Indian journal of veterinary science and animal husbandry - Volumes 15-17, 1948-1951
Year: 1948
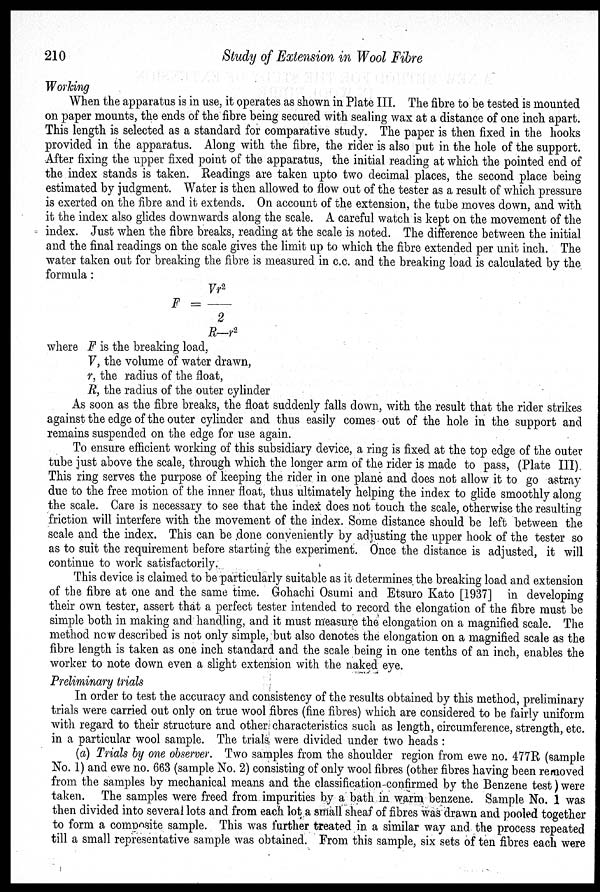
210
Study of Extension in Wool Fibre
Working
When the apparatus is in use, it operates as shown in Plate III. The fibre to be tested is mounted
on paper mounts, the ends of the fibre being secured with sealing wax at a distance of one inch apart.
This length is selected as a standard for comparative study. The paper is then fixed in the hooks
provided in the apparatus. Along with the fibre, the rider is also put in the hole of the support.
After fixing the upper fixed point of the apparatus, the initial reading at which the pointed end of
the index stands is taken. Readings are taken upto two decimal places, the second place being
estimated by judgment. Water is then allowed to flow out of the tester as a result of which pressure
is exerted on the fibre and it extends. On account of the extension, the tube moves down, and with
it the index also glides downwards along the scale. A careful watch is kept on the movement of the
index. Just when the fibre breaks, reading at the scale is noted. The difference between the initial
and the final readings on the scale gives the limit up to which the fibre extended per unit inch. The
water taken out for breaking the fibre is measured in c.c. and the breaking load is calculated by the
formula:
F = Vr 2 /2
R—r 2
where F is the breaking load,
V, the volume of water drawn,
r, the radius of the float,
R, the radius of the outer cylinder
As soon as the fibre breaks, the float suddenly falls down, with the result that the rider strikes
against the edge of the outer cylinder and thus easily comes out of the hole in the support and
remains suspended on the edge for use again.
To ensure efficient working of this subsidiary device, a ring is fixed at the top edge of the outer
tube just above the scale, through which the longer arm of the rider is made to pass, (Plate III).
This ring serves the purpose of keeping the rider in one plane and does not allow it to go astray
due to the free motion of the inner float, thus ultimately helping the index to glide smoothly along
the scale. Care is necessary to see that the index does not touch the scale, otherwise the resulting
friction will interfere with the movement of the index. Some distance should be left between the
scale and the index. This can be done conveniently by adjusting the upper hook of the tester so
as to suit the requirement before starting the experiment. Once the distance is adjusted, it will
continue to work satisfactorily.
This device is claimed to be particularly suitable as it determines the breaking load and extension
of the fibre at one and the same time. Gohachi Osumi and Etsuro Kato [1937] in developing
their own tester, assert that a perfect tester intended to record the elongation of the fibre must be
simple both in making and handling, and it must measure the elongation on a magnified scale. The
method now described is not only simple, but also denotes the elongation on a magnified scale as the
fibre length is taken as one inch standard and the scale being in one tenths of an inch, enables the
worker to note down even a slight extension with the naked eye.
Preliminary trials
In order to test the accuracy and consistency of the results obtained by this method, preliminary
trials were carried out only on true wool fibres (fine fibres) which are considered to be fairly uniform
with regard to their structure and other characteristics such as length, circumference, strength, etc.
in a particular wool sample. The trials were divided under two heads:
(a) Trials by one observer. Two samples from the shoulder region from ewe no. 477R (sample
No. 1) and ewe no. 663 (sample No. 2) consisting of only wool fibres (other fibres having been removed
from the samples by mechanical means and the classification confirmed by the Benzene test) were
taken. The samples were freed from impurities by a bath in warm benzene. Sample No. 1 was
then divided into several lots and from each lot a small sheaf of fibres was drawn and pooled together
to form a composite sample. This was further treated in a similar way and the process repeated
till a small representative sample was obtained. From this sample, six sets of ten fibres each were